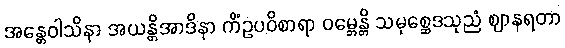
အန္တေဝါသိနာ အယန္တိအာဒိနာ ကိံဥပဝိစာရာ ဝမ္ဘေန္တိ သမုစ္ဆေဒသုညံ ဈာနရတာ